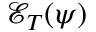
\mathcal { E } _ { T } ( \boldsymbol { \psi } )